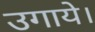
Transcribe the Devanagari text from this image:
उगाये।